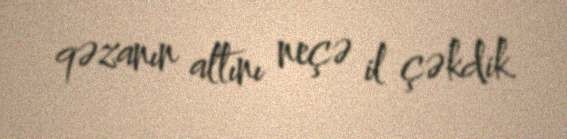
qəzanın altını neçə il çəkdik.